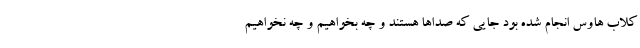
کلاب هاوس انجام شده بود جایی که صداها هستند و چه بخواهیم و چه نخواهیم